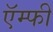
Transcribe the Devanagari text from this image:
ऍम्‍फी